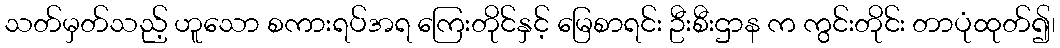
သတ်မှတ်သည့် ဟူသော စကားရပ်အရ ကြေးတိုင်နှင့် မြေစာရင်း ဦးစီးဌာန က ကွင်းတိုင်း တာပုံထုတ်၍၊